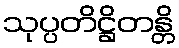
သုပ္ပတိဋ္ဌိတန္တိ